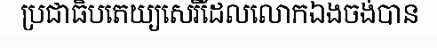
ប្រជាធិបតេយ្យសេរីដែលលោកឯងចង់បាន